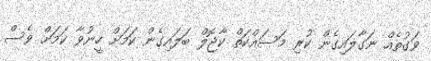
ވަގުތެއް ނަގާލައިގެން ކުރި މަސައްކަތް ކާޖޮލް ބަލައިގެން ކަމަށް ހީނުވާ ކަމަށް ވެސް